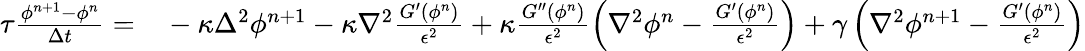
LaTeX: \begin{array}{rl}{\tau\frac{\phi^{n+1}-\phi^{n}}{\Delta t}=}&{{}-\kappa\Delta^{2}\phi^{n+1}-\kappa\nabla^{2}\frac{G^{\prime}(\phi^{n})}{\epsilon^{2}}+\kappa\frac{G^{\prime\prime}(\phi^{n})}{\epsilon^{2}}\left(\nabla^{2}\phi^{n}-\frac{G^{\prime}(\phi^{n})}{\epsilon^{2}}\right)+\gamma\left(\nabla^{2}\phi^{n+1}-\frac{G^{\prime}(\phi^{n})}{\epsilon^{2}}\right)}\end{array}